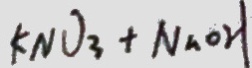
k N O _ { 3 } + N a O H